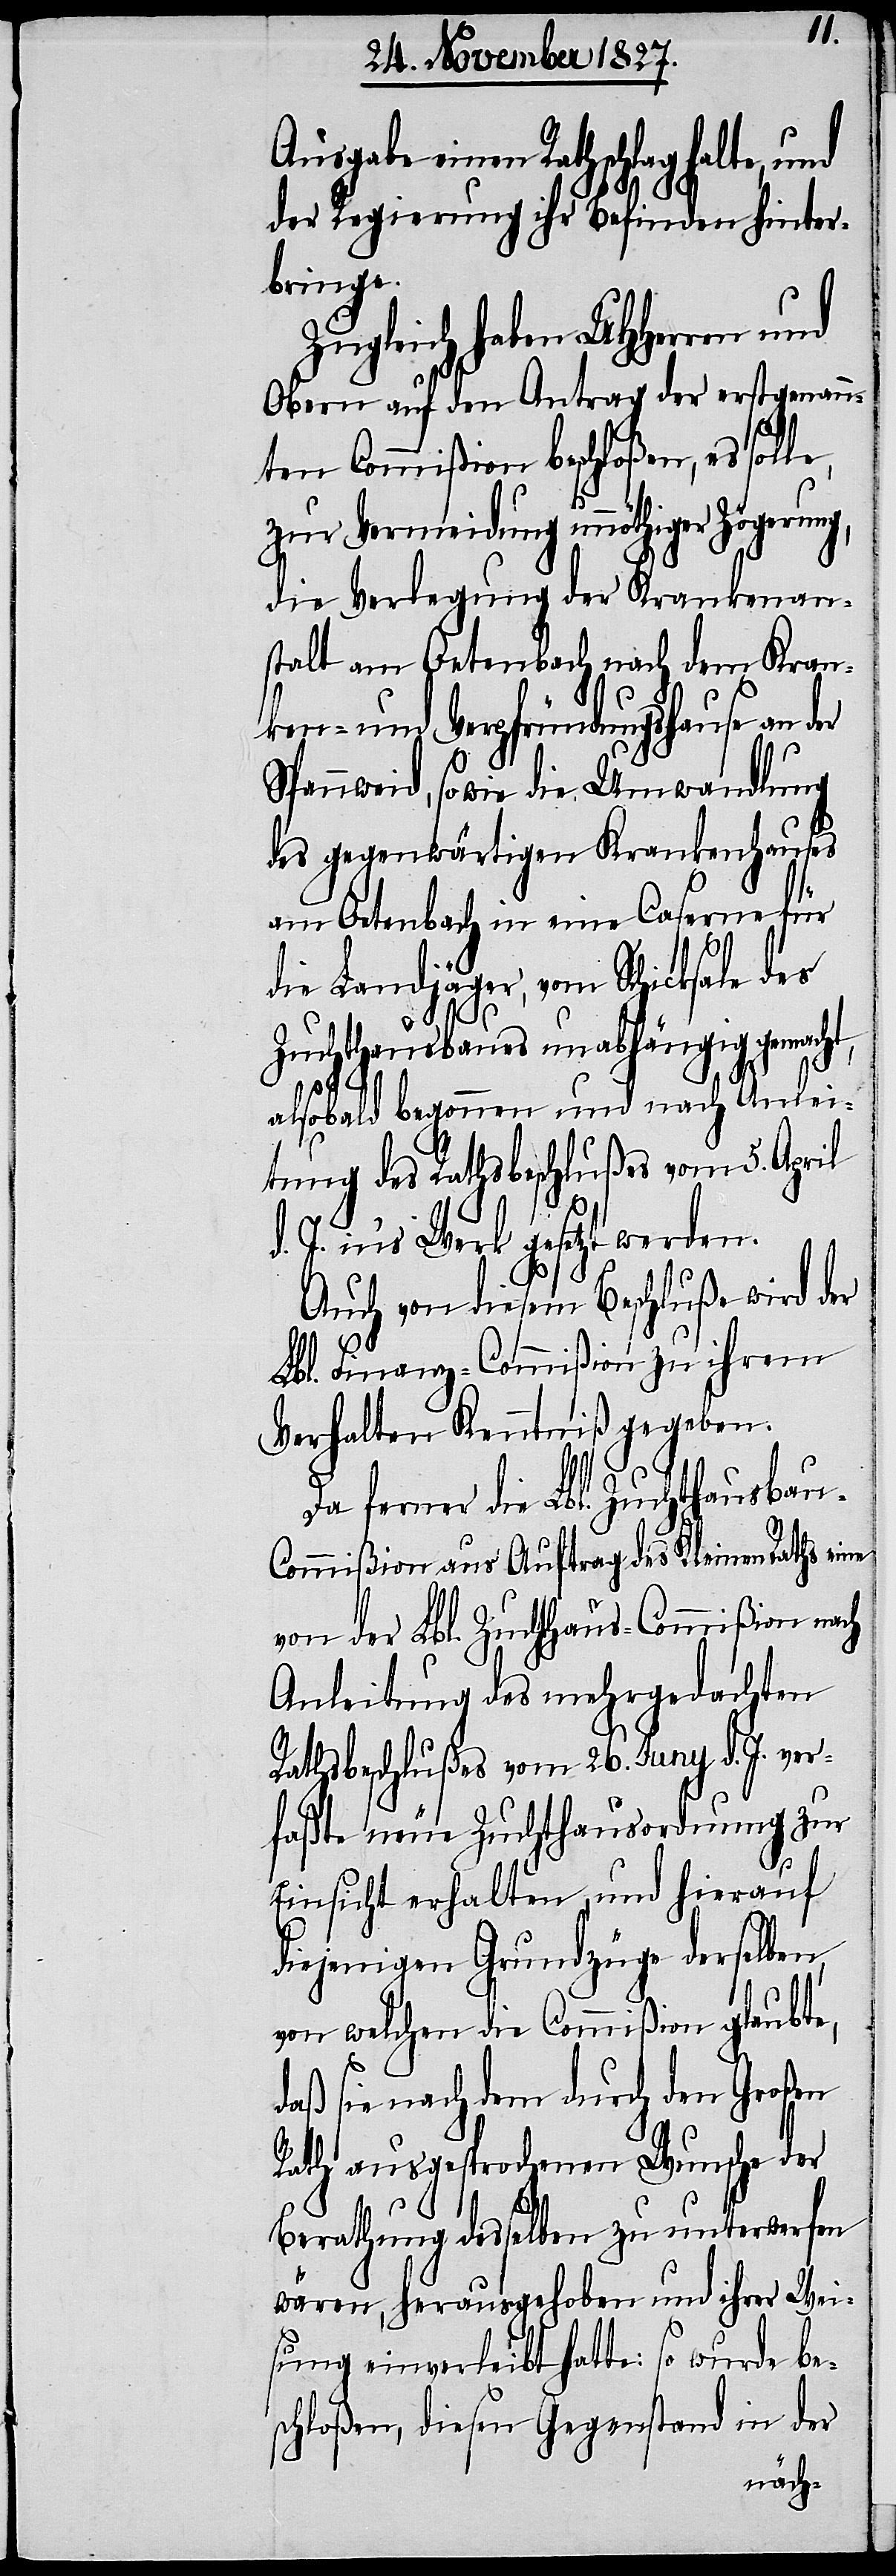
einen Rathschlag halte, und
der Regierung ihr Befinden hinter¬
bringe.
Zugleich haben UHHerren und
Obern auf den Antrag der erstgenan¬
nten Commißion beschloßen, es sol¬
zur Vermeidung unnöthiger Zögerung,
die Verlegung der Krankenan¬
stalt am Oetenbach nach dem Kran¬
ken- und Verpfründungshause an der
Spannweid, so wie die Umwandlung
des gegenwärtigen Krankenhauses
am Oetenbach in eine Caserne für
die Landjäger, vom Schicksale des
Zuchthausbaues unabhängig gemacht,
alsobald begonnen und nach Anlei¬
tung des Rathsbeschlußes vom 5. April
d. J. in’s Werk gesetzt werden.
Auch von diesem Beschluße wird der
Lbl. Finanz-Commißion zu ihrem
Verhalten Kenntniß gegeben.
Da ferner die Lbl. Zuchthausbau-C¬
ommißion aus Auftrag des Kleinen Rathes eine
von der Lbl. Zuchthaus-Commißion nach
Anleitung des mehrgedachten
Rathsbeschlußes vom 26. Juny d. J. ver¬
faßte neue Zuchthausordnung zur
Einsicht erhalten, und hierauf
diejenigen Grundzüge derselben,
von welchen die Commißion glaubte,
daß sie nachdem durch den Großen
Rath ausgesprochenen Wunsche der
le,
Berathung desselben zu unterwerfen
wären, herausgehoben und ihrer Wei¬
sung einverleibt hatte: so wurde be¬
schloßen, diesen Gegenstand in der